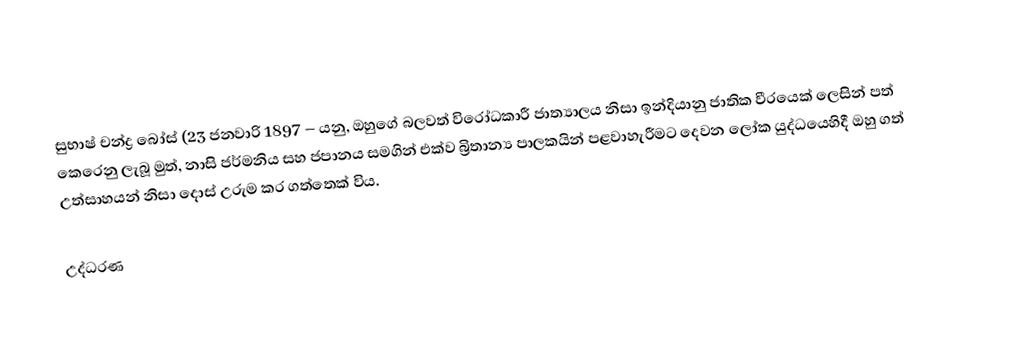
සුභාෂ් චන්ද්‍ර බෝස්  (23 ජනවාරි 1897 –   යනු, ඔහුගේ බලවත් විරෝධකාරී ජාත්‍යාලය නිසා ඉන්දියානු ජාතික වීරයෙක් ලෙසින් පත් කෙරෙනු ලැබූ මුත්,   නාසි ජර්මනිය සහ  ජපානය සමගින් එක්ව බ්‍රිතාන්‍ය පාලකයින් පළවාහැරීමට  දෙවන ලෝක යුද්ධයෙහිදී ඔහු ගත් උත්සාහයන් නිසා දොස් උරුම කර ගත්තෙක් විය.

උද්ධරණ